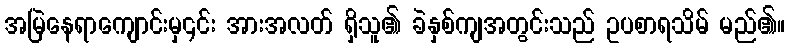
အမြဲနေရာကျောင်းမှ၎င်း အားအလတ် ရှိသူ၏ ခဲနှစ်ကျအတွင်းသည် ဥပစာရသိမ် မည်၏။